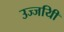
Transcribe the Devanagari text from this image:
उज्जयिी